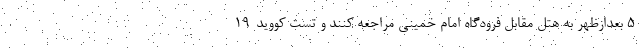
۵ بعدازظهر به هتل مقابل فرودگاه امام خمینی مراجعه کنند و تست کووید-۱۹